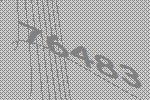
76483